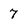
Character: 7